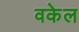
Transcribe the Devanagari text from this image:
वकेल